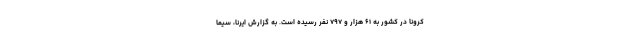
کرونا در کشور به ۶۱ هزار و ۷۹۷ نفر رسیده است. به گزارش ایرنا، سیما